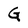
Character: G